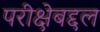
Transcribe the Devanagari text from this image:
परीक्षेबद्दल